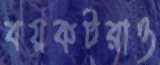
বয়কটরাও